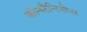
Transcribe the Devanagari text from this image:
कॉन्स्टैन्टिनोप्ल